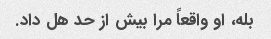
بله، او واقعاً مرا بیش از حد هل داد.